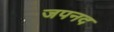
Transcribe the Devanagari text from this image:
जपनद